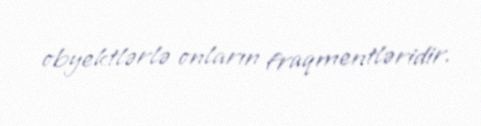
obyektlərlə onların fraqmentləridir.